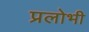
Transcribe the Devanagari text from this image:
प्रलोभी